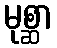
မုစ္ဆာ